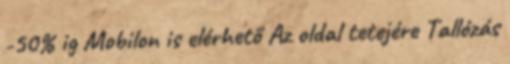
-50% ig Mobilon is elérhető Az oldal tetejére Tallózás